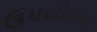
ઉપયોગના